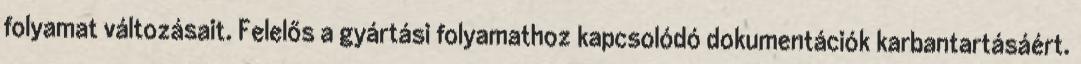
folyamat változásait. Felelős a gyártási folyamathoz kapcsolódó dokumentációk karbantartásáért.